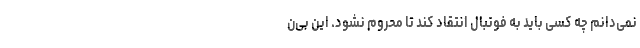
نمی‌دانم چه کسی باید به فوتبال انتقاد کند تا محروم نشود. این بی‌ن